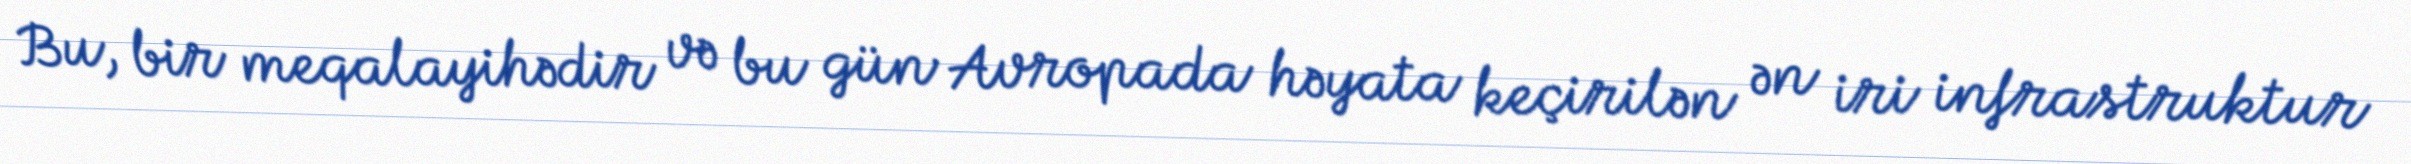
Bu, bir meqalayihədir və bu gün Avropada həyata keçirilən ən iri infrastruktur